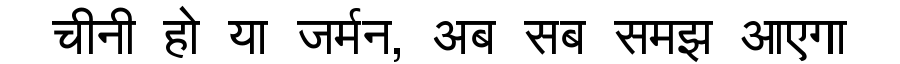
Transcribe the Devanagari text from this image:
चीनी हो या जर्मन, अब सब समझ आएगा